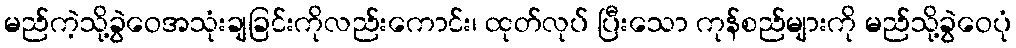
မည်ကဲ့သို့ခွဲဝေအသုံးချခြင်းကိုလည်းကောင်း၊ ထုတ်လုပ် ပြီးသော ကုန်စည်များကို မည်သို့ခွဲဝေပုံ